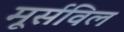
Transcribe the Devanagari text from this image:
मूर्सविल